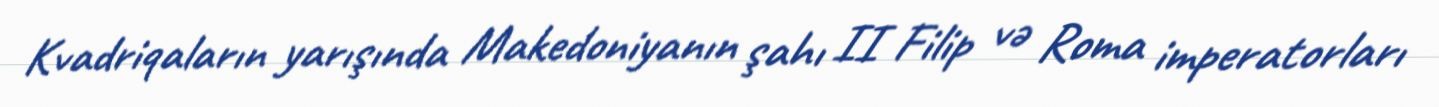
Kvadriqaların yarışında Makedoniyanın şahı II Filip və Roma imperatorları